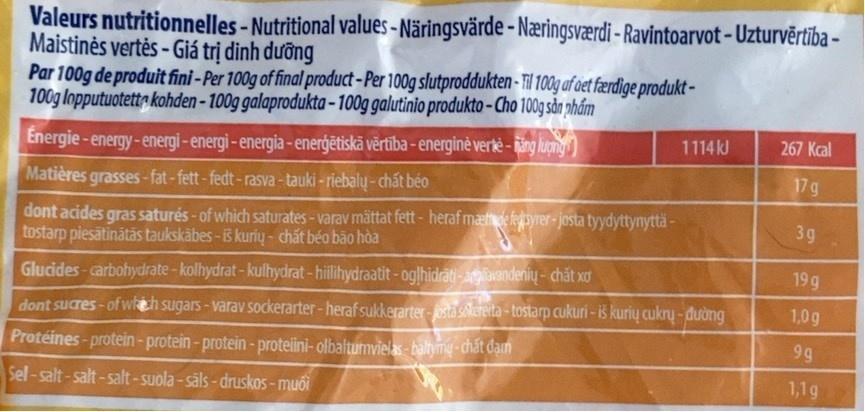
Valeurs nutritionnelles - Nutritional values - Näringsvärde - Næringsværdi - Ravintoarvot - Uzturvērtība – Maistinės vertės - Giá trị dinh dưỡng Par 100g de produit fini -Per 100g of final product -Per 100g slutproddukten - il 00g af oet færdige produkt - 100g lopputuotett kohden-100g galaprodukta - 100g galutinio produkto - Cho 100g sản phẩm
Energie -energy-energi-energi - energia - enerģētiskā vērtība - energinė verkė - ing lượngy
1114 kJ
267 Kcal
Matières grasses-fat-fett-fedt-rasva - tauki - riebalų - chất béo
17g
dont acides gras saturés - of which saturates- varav mättat fett- heraf mætde fegtsyrer - josta tyydyttynyttä - tostarp piesātinātās taukskābes - š kurių - chất béo bão hòa
3g
Glucides-carbohydrate-kolhydrat-kulhydrat-hillihydraatit -oglhidrāti-argilavanderių - chất xơ
19 g
dont sucres - of wkch sugars - varav sockerarter-heraf sukkerarter - osta solereita -tostarp cukuri - iš kurių cukrų - đường
1,0g
Protéines-protein-protein-protein-proteiini- olbalturmvielas- baltymų - chất đạn
9 g
Sel-salt-salt-salt-suola - säls - druskos - muối
1,1g